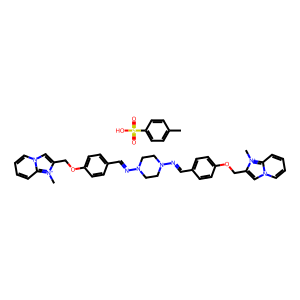
SMILES: C[n+]1c(COc2ccc(C=NN3CCN(N=Cc4ccc(OCc5cn6ccccc6[n+]5C)cc4)CC3)cc2)cn2ccccc21.Cc1ccc(S(=O)(=O)O)cc1
Inhibits HIV replication: No